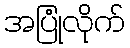
အပြုံလိုက်